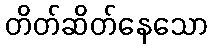
တိတ်ဆိတ်နေသော